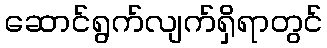
ဆောင်ရွက်လျက်ရှိရာတွင်